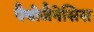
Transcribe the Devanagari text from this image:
पैथोजैनेसिस